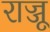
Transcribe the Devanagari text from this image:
राज्जू